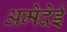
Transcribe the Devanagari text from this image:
अमेदेई